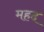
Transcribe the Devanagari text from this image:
महद